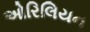
ઓરિલિયન